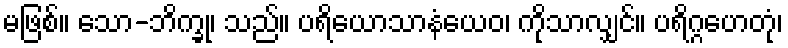
မဖြစ်။ သော-ဘိက္ခု၊ သည်။ ပရိယောသာနံယေဝ၊ ကိုသာလျှင်။ ပရိဂ္ဂဟေတုံ၊